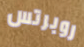
روبرتس